Rangoon Lunatic Asylum 1893-1897 - 1893-1897
Year: 1893
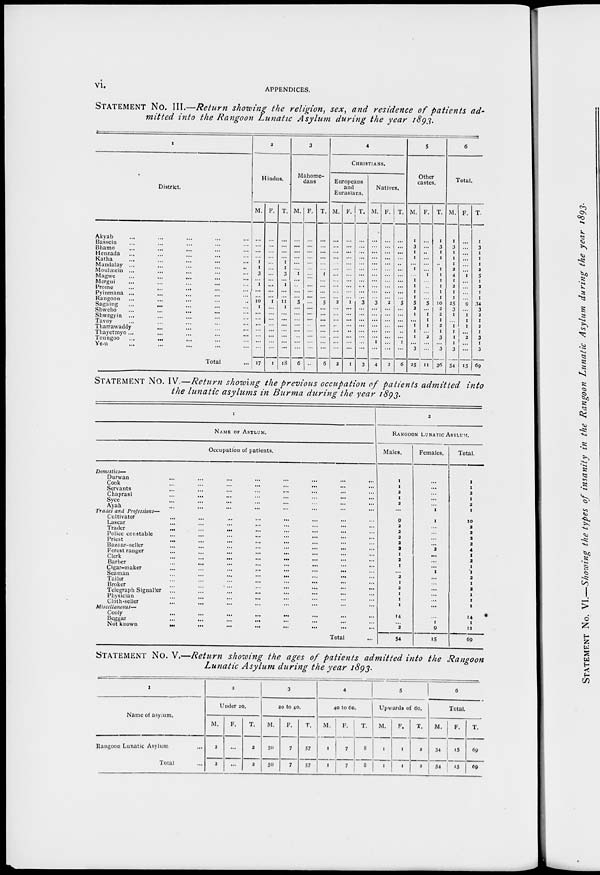
vi.
APPENDICES.
STATEMENT No. III.—Return showing the religion, sex, and residence of patients ad¬
mitted into the Rangoon Lunatic Asylum during the year 1893.
1
District.
Akyab ... ... ... ... ...
Bassein ... ... ... ... ...
Bhamo ... ... ... ... ...
Henzada ... ... ... ... ...
Katha ... ... ... ... ...
Mandalay ... ... ... ... ...
Moulmein ... ... ... ... ...
Magwe
...
...
...
...
...
Mergui ... ... ... ... ...
Prome ... ... ... ... ...
Pyinmana ... ... ... ... ...
Rangoon ... ... ... ... ...
Sagaing ... ... ... ... ...
Shwebo
...
...
...
...
...
Shwegyin ... ... ... ... ...
Tavoy ... ... ... ... ...
Tharrawaddy ... ... ... ... ...
Thayetmyo ...
...
...
...
...
Toungoo ... ... ... ... ...
Ye-u ... ... ... ... ...
Total ...
2
Hindus.
M.
...
...
...
...
1
1
3
...
1
...
...
10
1
...
...
...
...
...
...
...
17
F.
...
...
...
...
...
...
...
...
...
...
...
1
...
...
...
...
...
...
...
...
1
T.
...
...
...
...
1
1
3
...
1
...
...
11
1
...
...
...
...
...
...
...
18
3
Mahome¬
dans
M.
...
...
...
...
...
...
1
...
...
...
...
5
...
...
...
...
...
...
...
...
6
F.
...
...
...
...
...
...
...
...
...
...
...
...
...
...
...
...
...
...
...
...
...
T.
...
...
...
...
...
...
1
...
...
...
...
5
...
...
...
...
...
...
...
...
6
4
CHRISTIANS.
Europeans
and
Eurasians.
M.
...
...
...
...
...
...
...
...
...
...
...
2
...
...
...
...
...
...
...
...
2
F.
...
...
...
...
...
...
...
...
...
...
...
1
...
...
...
...
...
...
...
...
1
T.
...
...
...
...
...
...
...
...
...
...
...
3
...
...
...
...
...
...
...
...
3
Natives.
M.
...
...
...
...
...
...
...
...
...
...
...
3
...
...
...
...
...
...
1
...
4
F.
...
...
...
...
...
...
...
...
...
...
...
2
...
...
...
...
...
...
...
...
2
T.
...
...
...
...
...
...
...
...
...
...
...
5
...
...
...
...
...
...
1
...
6
5
Other
castes.
M.
1
3
1
1
...
1
...
1
1
1
1
5
2
1
...
1
1
1
...
3
25
F.
...
...
...
...
...
...
1
...
...
...
...
5
...
1
1
1
...
2
...
...
11
T.
1
3
1
1
...
1
1
1
1
1
1
10
2
2
1
2
1
3
...
3
36
6
Total.
M.
1
3
1
1
1
2
4
1
2
1
1
25
3
1
...
1
1
1
1
3
54
F.
...
...
...
...
...
...
1
...
...
...
...
9
...
1
1
1
...
2
...
...
15
T.
1
3
1
1
1
2
5
1
2
1
1
34
3
2
1
2
1
3
1
3
69
STATEMENT No. IV.—Return showing the previous occupation of patients admitted into
the lunatic asylums in Burma during the year 1893.
1
NAME OF ASYLUM.
Occupation of patients.
Domestics—
Durwan ... ... ... ... ... ... ...
Cook ... ... ... ... ... ... ...
Servants ... ... ... ... ... ... ...
Chaprasi ... ... ... ... ... ... ...
Syce ... ... ... ... ... ... ...
Ayah ... ... ... ... ... ... ...
Trades and Professions—
Cultivator ... ... ... ... ... ... ...
Lascar ... ... ... ... ... ... ...
Trader
...
...
...
...
...
...
...
Police constable ... ... ... ... ... ... ...
Priest ... ... ... ... ... ... ...
Bazaar-seller ... ... ... ... ... ... ...
Forest ranger ... ... ... ... ... ... ...
Clerk ... ... ... ... ... ... ...
Barber ... ... ... ... ... ... ...
Cigar-maker ... ... ... ... ... ... ...
Seaman
...
...
...
...
...
...
...
Tailor ... ... ... ... ... ... ...
Broker ... ... ... ... ... ... ...
Telegraph Signaller ... ... ... ... ... ... ...
Physician ... ... ... ... ... ... ...
Cloth-seller ... ... ... ... ... ... ...
Miscellaneous—
Cooly ... ... ... ... ... ... ...
Beggar ... ... ... ... ... ... ...
Not known ... ... ... ... ... ... ...
Total ...
2
RANGOON LUNATIC ASYLUM.
Males.
1
1
2
1
2
...
9
2
2
2
2
2
1
2
1
...
2
1
2
1
1
1
14
...
2
54
Females.
...
...
...
...
...
1
1
...
...
...
...
2
...
...
...
1
...
...
...
...
...
...
...
1
9
15
Total.
1
1
2
1
2
1
10
2
2
2
2
4
1
2
1
1
2
1
2
1
1
1
14
1
11
69
STATEMENT No. V.—Return showing the ages of patients admitted into the Rangoon
Lunatic Asylum during the year 1893.
1
Name of asylum.
Rangoon Lunatic Asylum ...
Total ...
2
Under 20.
M.
2
2
F.
...
...
T.
2
2
3
20 to 40.
M.
50
50
F.
7
7
T.
57
57
4
40 to 60.
M.
1
1
F.
7
7
T.
8
8
5
Upwards of 60.
M.
1
1
F.
1
1
T.
2
2
6
Total.
M.
54
54
F.
15
15
T.
69
69